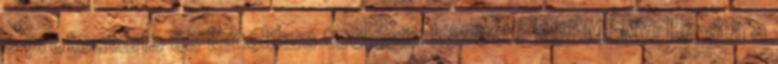
a protestáns és katolikus teológia között? ESEMÉNY: Hitvita a